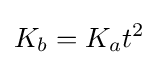
K_{b}=K_{a}t^{2}